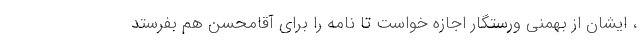
، ایشان از بهمنی ورستگار اجازه خواست تا نامه را برای آقامحسن هم بفرستد